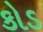
કોડ